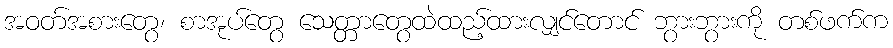
အဝတ်အစားတွေ၊ စာအုပ်တွေ သေတ္တာတွေထဲထည့်ထားလျှင်တောင် ဘွားဘွားကို တစ်ဖက်က